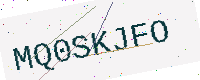
Text: MQ0SKJFO